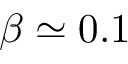
\beta \simeq 0 . 1